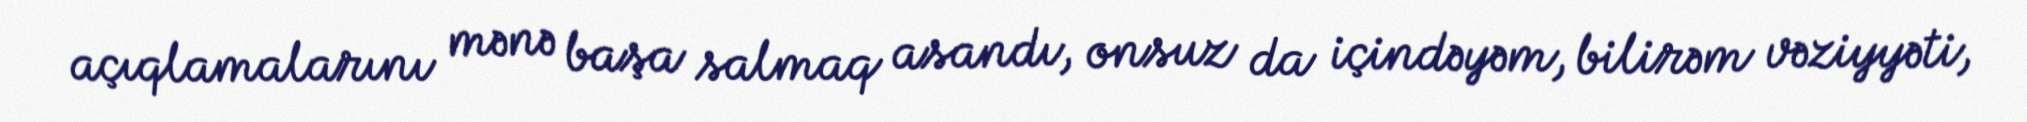
açıqlamalarını mənə başa salmaq asandı, onsuz da içindəyəm, bilirəm vəziyyəti,